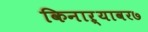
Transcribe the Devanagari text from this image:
किनाऱ्यावर७